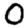
Digit: 0